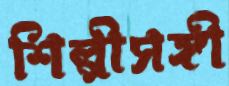
শিল্পীসঙ্গী